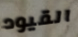
القيود